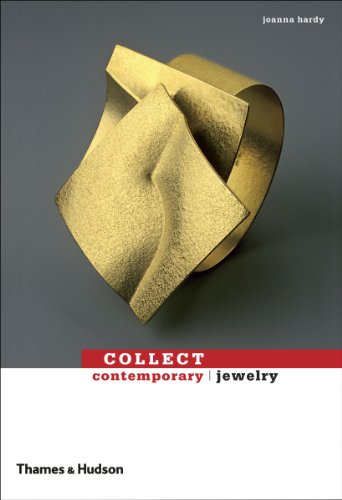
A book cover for Collect Contemporary: Jewelry; Joanna Hardy; Crafts, Hobbies & Home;